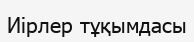
Иірлер тұқымдасы